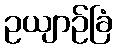
ဥယျာဉ်ခြံ